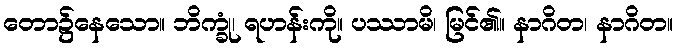
တော၌နေသော။ ဘိက္ခုံ၊ ရဟန်းကို။ ပဿာမိ၊ မြင်၏။ နာဂိတ၊ နာဂိတ။